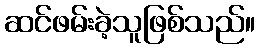
ဆင်ဖမ်းခဲ့သူဖြစ်သည်။